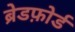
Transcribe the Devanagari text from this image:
ब्रेडफ़ोर्ड